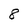
Character: 8